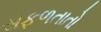
સફળતાતો